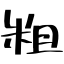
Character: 粗